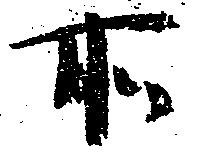
所